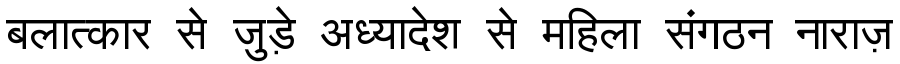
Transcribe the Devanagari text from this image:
बलात्कार से जुड़े अध्यादेश से महिला संगठन नाराज़